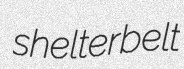
shelterbelt